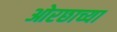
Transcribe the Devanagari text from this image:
ओरछाच्या